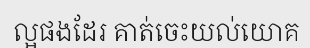
ល្អផងដែរ គាត់ចេះយល់យោគ